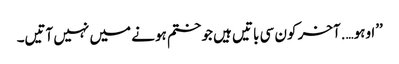
’’اوہو….آخر کون سی باتیں ہیں جو ختم ہونے میں نہیں آتیں۔